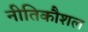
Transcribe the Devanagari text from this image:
नीतिकौशल